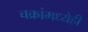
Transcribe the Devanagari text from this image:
चक्रांमध्येही